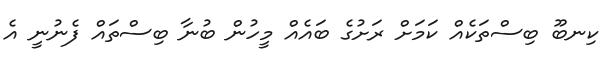
ކިނބޫ ބިސްތަކެއް ކަމަށް ރަށުގެ ބައެއް މީހުން ބުނާ ބިސްތައް ފެނުނީ އެ